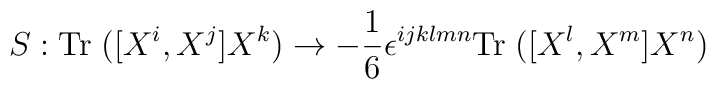
S:{\rm Tr}\; ([X^i, X^j] X^k) \rightarrow-{1 \over 6} \epsilon^{ijklmn} {\rm Tr}\; ([X^l, X^m] X^n)